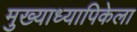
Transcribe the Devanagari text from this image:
मुख्याध्यापिकेला